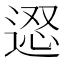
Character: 𨔇